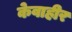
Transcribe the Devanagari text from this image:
केवाहीर